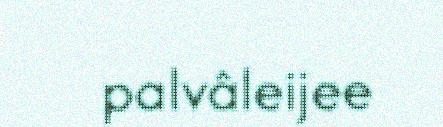
palvâleijee